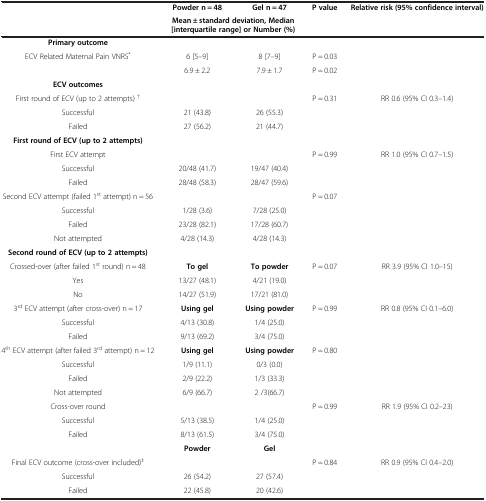
<table><thead><tr><td><b> </b></td><td><b>Powder n = 48</b></td><td><b>Gel n = 47</b></td><td><b>P value</b></td><td><b>Relative risk (95% confidence interval)</b></td></tr><tr><td><b> </b></td><td colspan="2"><b>Mean ± standard deviation, Median [interquartile range] or Number (%)</b></td><td><b> </b></td><td><b> </b></td></tr></thead><tbody><tr><td><b>Primary outcome</b></td><td> </td><td> </td><td> </td><td> </td></tr><tr><td rowspan="2">ECV Related Maternal Pain VNRS<sup>*</sup></td><td>6 [5–9]</td><td>8 [7–9]</td><td>P = 0.03</td><td> </td></tr><tr><td>6.9 ± 2.2</td><td>7.9 ± 1.7</td><td>P = 0.02</td><td> </td></tr><tr><td><b>ECV outcomes</b></td><td> </td><td> </td><td> </td><td> </td></tr><tr><td>First round of ECV (up to 2 attempts) <sup>†</sup></td><td> </td><td> </td><td>P = 0.31</td><td>RR 0.6 (95% CI 0.3–1.4)</td></tr><tr><td>Successful</td><td>21 (43.8)</td><td>26 (55.3)</td><td> </td><td> </td></tr><tr><td>Failed</td><td>27 (56.2)</td><td>21 (44.7)</td><td> </td><td> </td></tr><tr><td><b>First round of ECV (up to 2 attempts)</b></td><td> </td><td> </td><td> </td><td> </td></tr><tr><td>First ECV attempt</td><td> </td><td> </td><td>P = 0.99</td><td>RR 1.0 (95% CI 0.7–1.5)</td></tr><tr><td>Successful</td><td>20/48 (41.7)</td><td>19/47 (40.4)</td><td> </td><td> </td></tr><tr><td>Failed</td><td>28/48 (58.3)</td><td>28/47 (59.6)</td><td> </td><td> </td></tr><tr><td>Second ECV attempt (failed 1<sup>st</sup> attempt) n = 56</td><td> </td><td> </td><td>P = 0.07</td><td> </td></tr><tr><td>Successful</td><td>1/28 (3.6)</td><td>7/28 (25.0)</td><td> </td><td> </td></tr><tr><td>Failed</td><td>23/28 (82.1)</td><td>17/28 (60.7)</td><td> </td><td> </td></tr><tr><td>Not attempted</td><td>4/28 (14.3)</td><td>4/28 (14.3)</td><td> </td><td> </td></tr><tr><td><b>Second round of ECV (up to 2 attempts)</b></td><td> </td><td> </td><td> </td><td> </td></tr><tr><td>Crossed-over (after failed 1<sup>st</sup> round) n = 48</td><td><b>To gel</b></td><td><b>To powder</b></td><td>P = 0.07</td><td>RR 3.9 (95% CI 1.0–15)</td></tr><tr><td>Yes</td><td>13/27 (48.1)</td><td>4/21 (19.0)</td><td> </td><td> </td></tr><tr><td>No</td><td>14/27 (51.9)</td><td>17/21 (81.0)</td><td> </td><td> </td></tr><tr><td>3<sup>rd</sup> ECV attempt (after cross-over) n = 17</td><td><b>Using gel</b></td><td><b>Using powder</b></td><td>P = 0.99</td><td>RR 0.8 (95% CI 0.1–6.0)</td></tr><tr><td>Successful</td><td>4/13 (30.8)</td><td>1/4 (25.0)</td><td> </td><td> </td></tr><tr><td>Failed</td><td>9/13 (69.2)</td><td>3/4 (75.0)</td><td> </td><td> </td></tr><tr><td>4<sup>th</sup> ECV attempt (after failed 3<sup>rd</sup> attempt) n = 12</td><td><b>Using gel</b></td><td><b>Using powder</b></td><td>P = 0.80</td><td> </td></tr><tr><td>Successful</td><td>1/9 (11.1)</td><td>0/3 (0.0)</td><td> </td><td> </td></tr><tr><td>Failed</td><td>2/9 (22.2)</td><td>1/3 (33.3)</td><td> </td><td> </td></tr><tr><td>Not attempted</td><td>6/9 (66.7)</td><td>2 /3(66.7)</td><td> </td><td> </td></tr><tr><td>Cross-over round</td><td> </td><td> </td><td>P = 0.99</td><td>RR 1.9 (95% CI 0.2–23)</td></tr><tr><td>Successful</td><td>5/13 (38.5)</td><td>1/4 (25.0)</td><td> </td><td> </td></tr><tr><td>Failed</td><td>8/13 (61.5)</td><td>3/4 (75.0)</td><td> </td><td> </td></tr><tr><td> </td><td><b>Powder</b></td><td><b>Gel</b></td><td> </td><td> </td></tr><tr><td>Final ECV outcome (cross-over included)<sup>‡</sup></td><td> </td><td> </td><td>P = 0.84</td><td>RR 0.9 (95% CI 0.4–2.0)</td></tr><tr><td>Successful</td><td>26 (54.2)</td><td>27 (57.4)</td><td> </td><td> </td></tr><tr><td>Failed</td><td>22 (45.8)</td><td>20 (42.6)</td><td> </td><td> </td></tr></tbody></table>